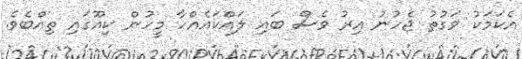
އެކަމަކު ވަގުތު ޖެހުނު އިރު ވެސް ބައި ލައްކައެއްހާ މީހުން ކިއޫގައި ތިއްބެވެ.